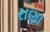
રાણા